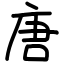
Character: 唐